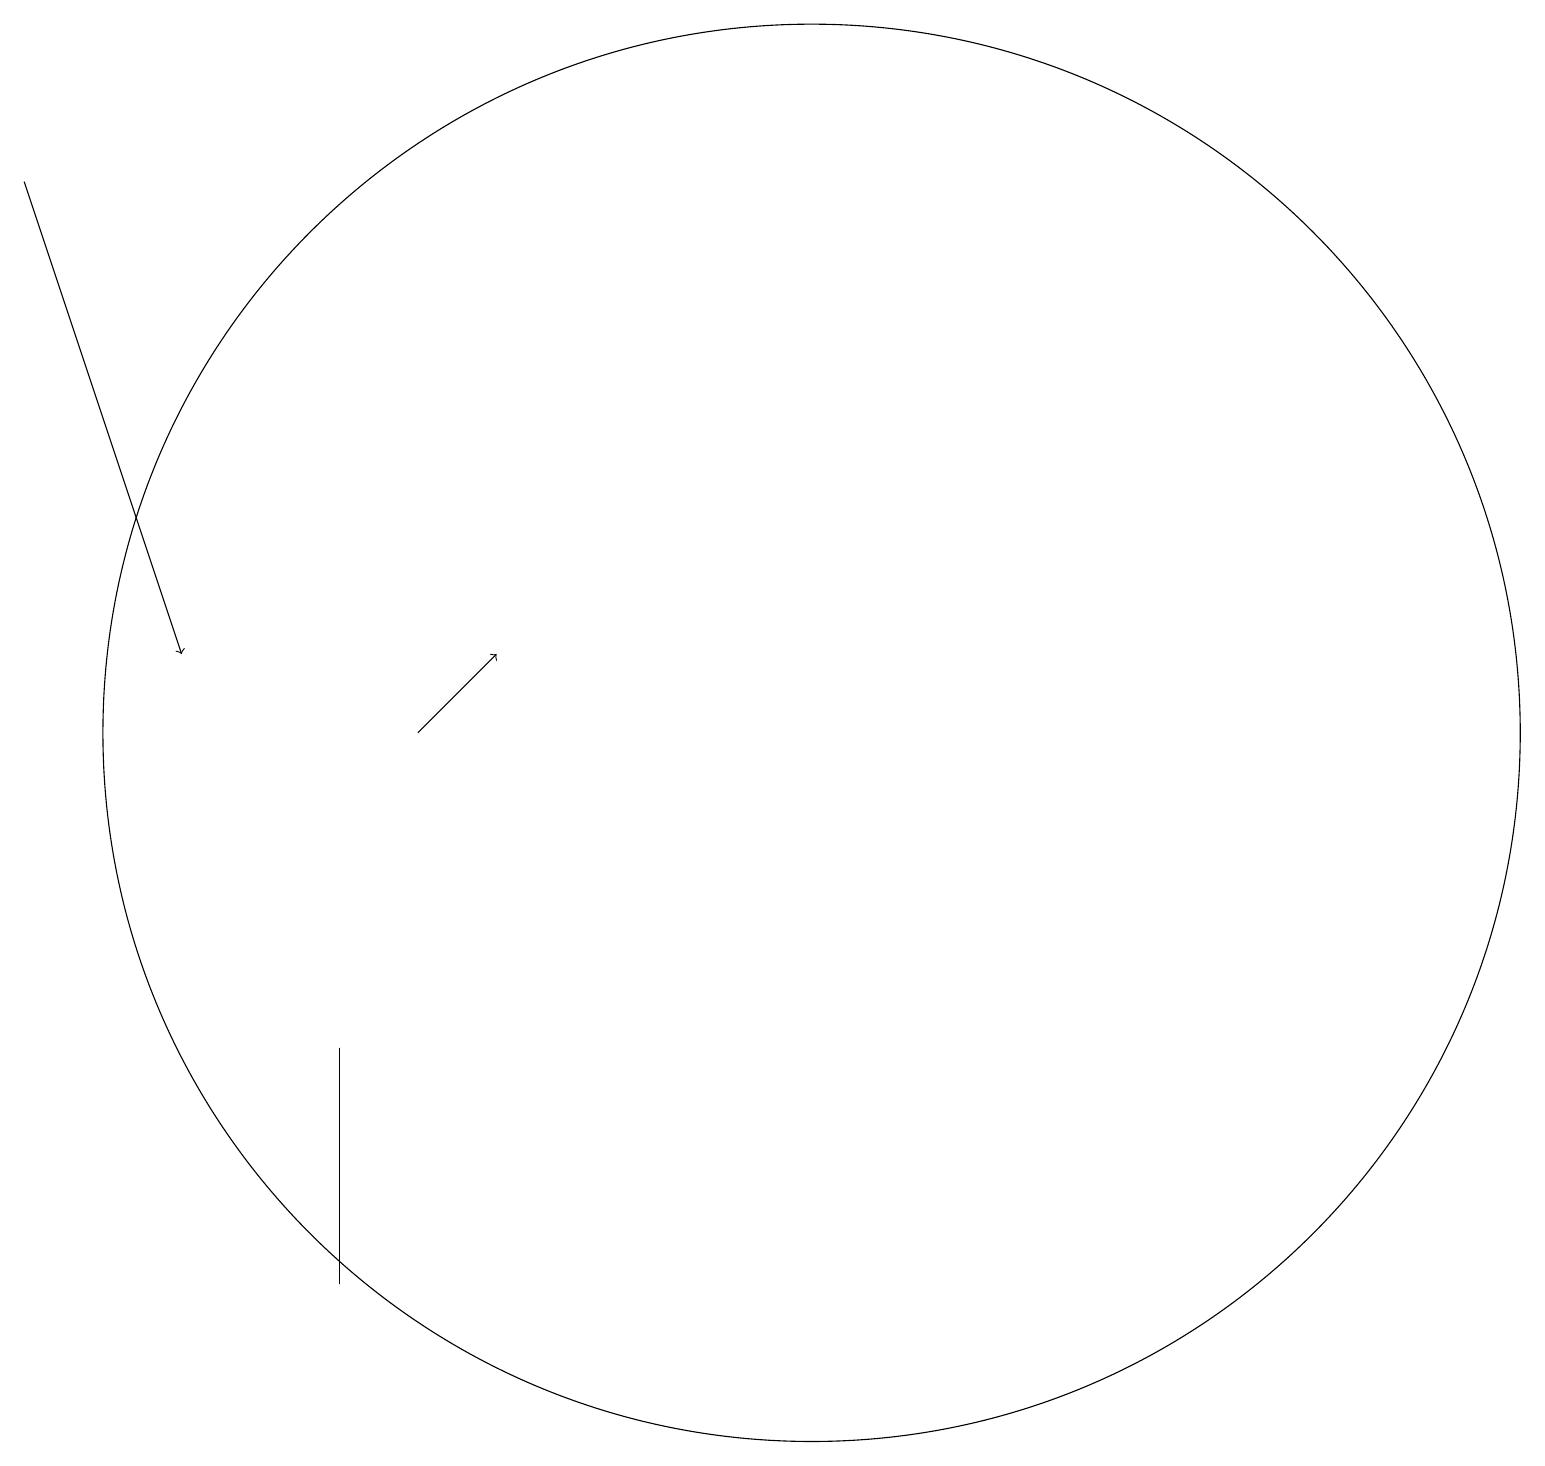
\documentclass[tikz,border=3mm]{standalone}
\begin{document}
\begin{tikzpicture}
\draw[->] (6,11) -- (7,12);
\draw (12,11) circle (0);
\draw (5,7) -- (5,4) -- (5,5) -- cycle;
\draw (11,11) circle (9);
\draw[->] (1,18) -- (3,12);
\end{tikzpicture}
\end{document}